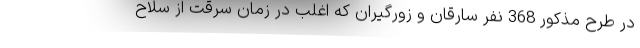
در طرح مذکور 368 نفر سارقان و زورگیران که اغلب در زمان سرقت از سلاح